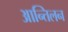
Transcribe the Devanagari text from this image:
आन्तिलन